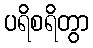
ပရိစရိတွာ